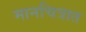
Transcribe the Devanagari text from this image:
मानचित्रात